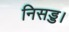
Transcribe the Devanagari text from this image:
निसड्ड।